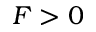
F > 0